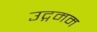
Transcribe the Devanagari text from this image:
उद्गमम